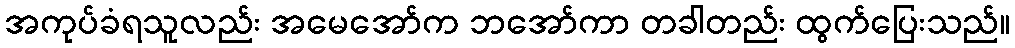
အကုပ်ခံရသူလည်း အမေအော်က ဘအော်ကာ တခါတည်း ထွက်ပြေးသည်။